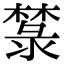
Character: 㯟